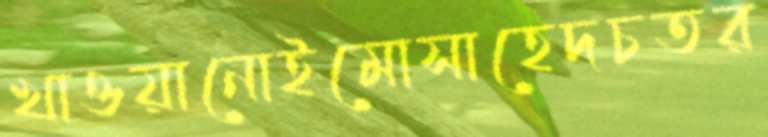
খাওয়ানোইমোসাহেদচতর